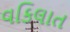
વકિલાત